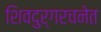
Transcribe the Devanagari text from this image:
शिवदुर्गरचनेत